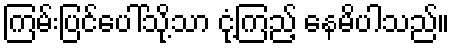
ကြမ်းပြင်ပေါ်သို့သာ ငုံ့ကြည့် နေမိပါသည်။